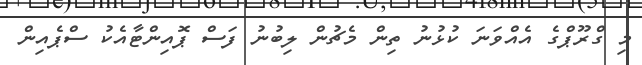
މި ގްރޫޕްގެ އެއްވަނަ ކުޅުނު ތިން މެޗުން ލިބުނު ފަސް ޕޮއިންޓާއެކު ސްޕެއިން